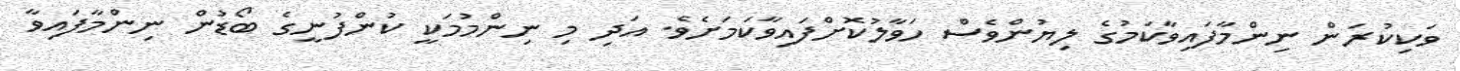
ވަކިކުރަން ނިންމާފައިވާކަމުގެ ލިޔުންވެސް ހަވާލުކޮށްފައިވާކަމަށެވެ. އަދި މި ނިންމުމަކީ ކުންފުނީގެ ބޯޑުން ނިންމާފައިވާ